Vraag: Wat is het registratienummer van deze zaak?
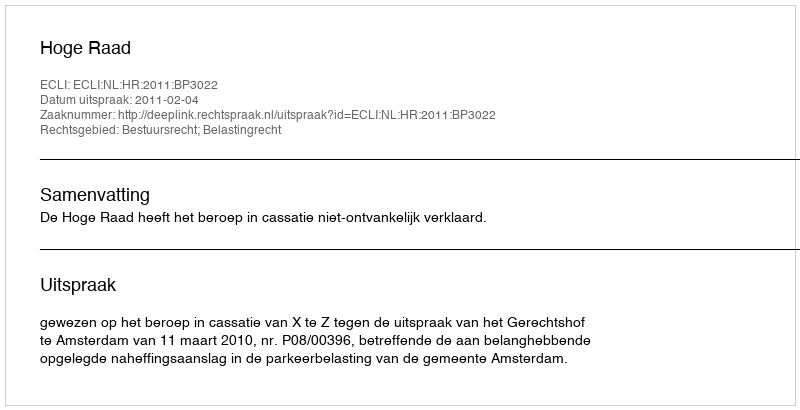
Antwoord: http://deeplink.rechtspraak.nl/uitspraak?id=ECLI:NL:HR:2011:BP3022